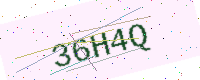
Text: 36H4Q